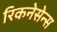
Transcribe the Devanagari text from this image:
रिकनेसेन्स